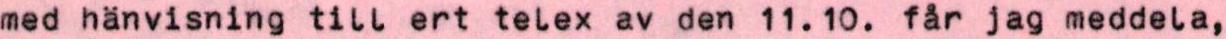
med hänvisning till ert telex av den 11.10. får jag meddela,